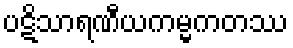
ပဋိသာရဏီယကမ္မကတဿ